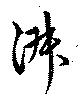
淑